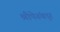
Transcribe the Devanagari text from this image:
श्रीपेरूंबदूर